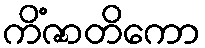
ကိံဇာတိကော